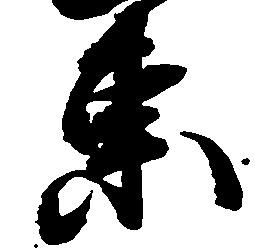
東